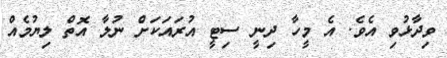
ވިދާޅުވި އެވެ. އެ މީހާ ދިނީ ސިޓީ އުރައަކަށް ނުލާ އޮތް ލިޔުމެއް